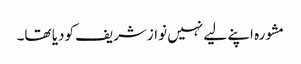
مشورہ اپنے لیے نہیں نوازشریف کودیا تھا۔